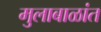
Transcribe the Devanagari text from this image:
मुलाबाळांत